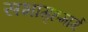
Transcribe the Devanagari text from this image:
सभागृहमार्गे